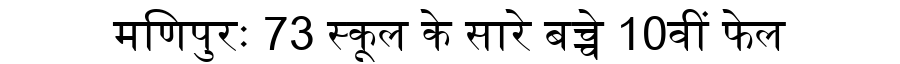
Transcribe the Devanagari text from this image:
मणिपुरः 73 स्कूल के सारे बच्चे 10वीं फेल